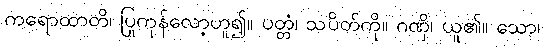
ကရောထာတိ၊ ပြုကုန်လော့ဟူ၍။ ပတ္တံ၊ သပိတ်ကို။ ဂဏှိ၊ ယူ၏။ သော၊